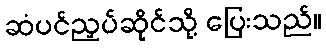
ဆံပင်ညှပ်ဆိုင်သို့ ပြေးသည်။